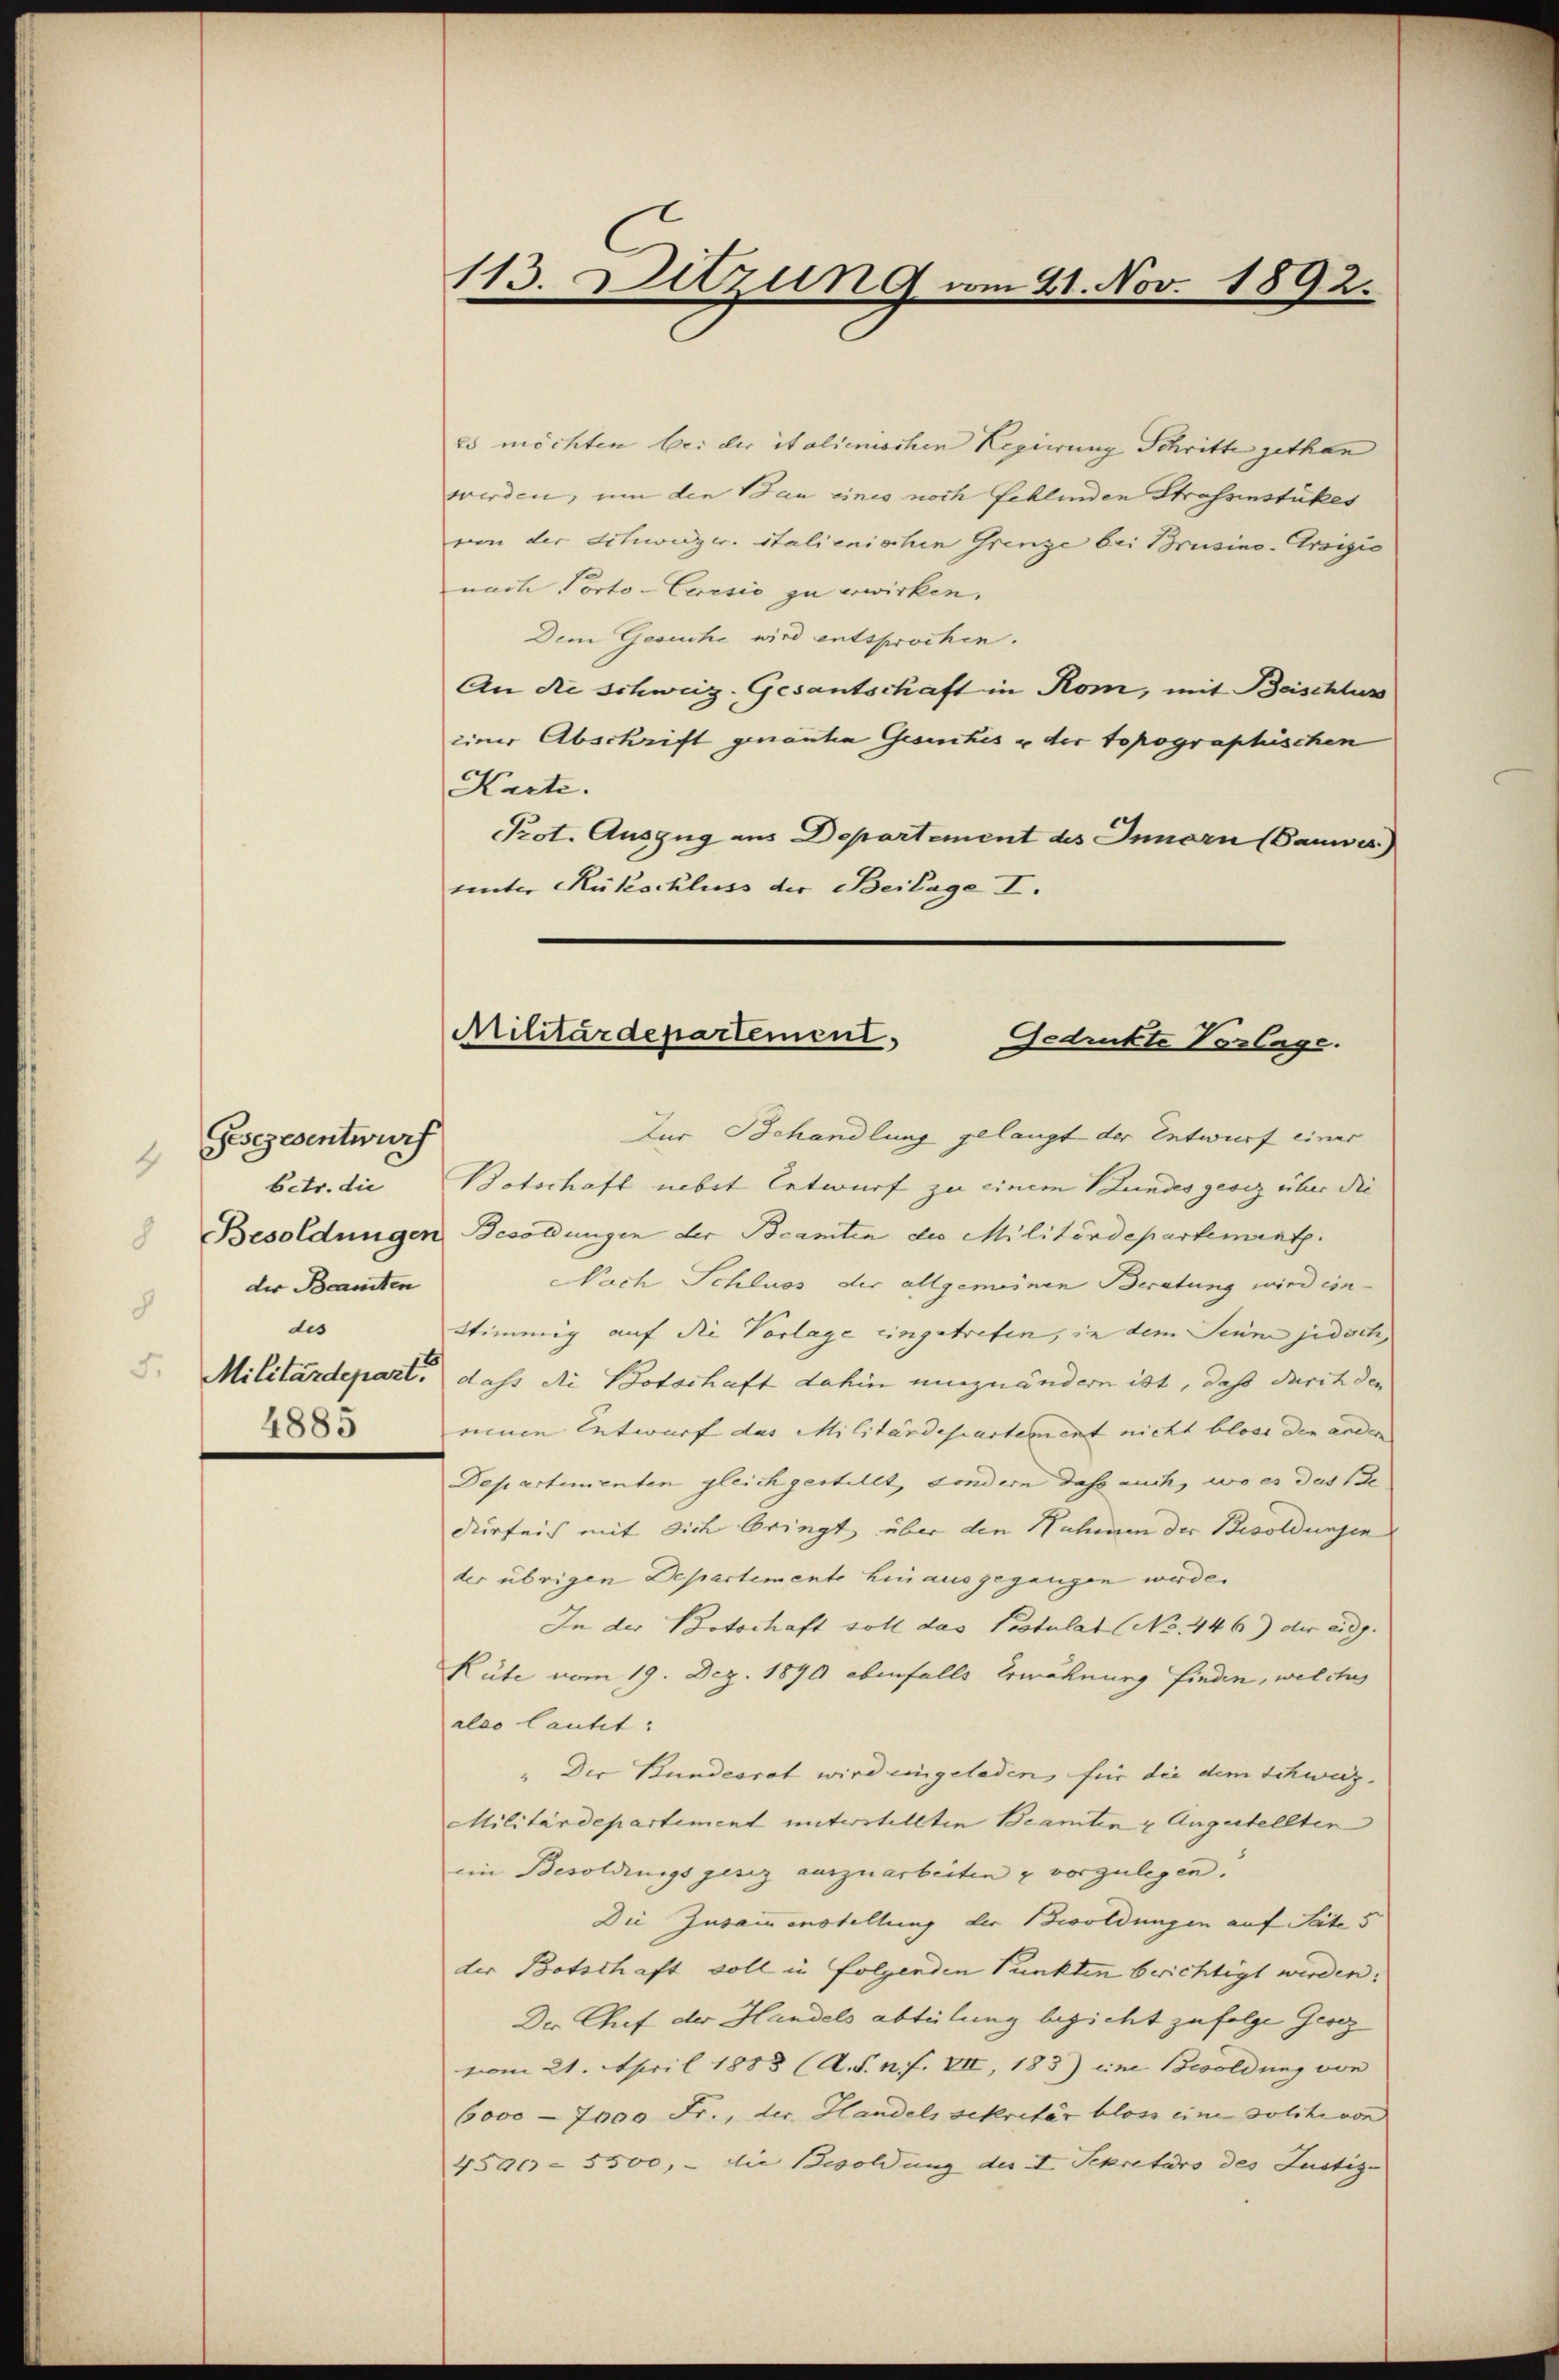
Gesezesentwurf
4
betr. die
der Beamten
8
dis
4885

113. Ditzung am 21. Nov. 1892.

es möchten bei der italienischen Regierung Schritte gethan
werden, um den Bau eines noch fehlenden Strassenstükes
von der Schweizer. italienischen Grenze bei Brusino-Grsizio
nach Porto-Ceresio zu erwirken.
Dem Gesuche wird entsprochen.
An die Schweiz-Gesantschaft in Rom, mit Beischluss
einer Abschrift genante Gesinches u der topographischen
Karte.
Prot. Auszug aus Departement des Innern (Sauer.)
unter Rükschluss der Beilage I.

Militärdepartement,
Gedrukte Vorlage.

Zur Behandlung gelangt der Entwurf einer
Botschaft nebst Entwurf zu einem Bundes gesez über die
 Besoldungen Besoldungen der Beamten des Militärdepartement.
Nach Schluss der allgemeinen Beratung wird ein-
Stimmig auf die Vorlage eingetrefen, in dem Senn jedoch,
2. Militärdepart, dass de Botschaft dahin einzuändern ist, daß durch den
eine Entwurf das Militärdepartement nicht bloss den ander
Departementen gleich gestellt, sondern dass auch, wo es das Be
dürfnis mit sich bringt über den Nahmen der Besoldungen
der übrigen Departemente hinausgegangen werde.
In der Botschaft soll das Postulat No. 446) der eidg.
Rüte vom 19. Dez. 1890 ebenfalls Erwähnung finden, welches
also lautet:
" Der Bundesrat wird eingeladen, für die dem Schweiz.
Militärdepartement unterstellten Beamten & Augestellten
ein Besoldings gesez auszuarbeiten & vorzulegen.
Die Zusammenstellung der Besoldungen auf Seite 5
der Botschaft voll in folgenden Punkten berichtigt werden.
Der Chef der Handels abteilung bezieht zufolge Gesez
vom 21. April 1883 (A. S. n. F. VII, 183) eine Besoldung von
6000 - 7000 Fr., der Handels sekretär bloss eine solche von
4500 - 5500, - die Besoldung des I. Sekretaro des Justiz-